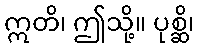
ဣတိ၊ ဤသို့။ ပုစ္ဆိ၊